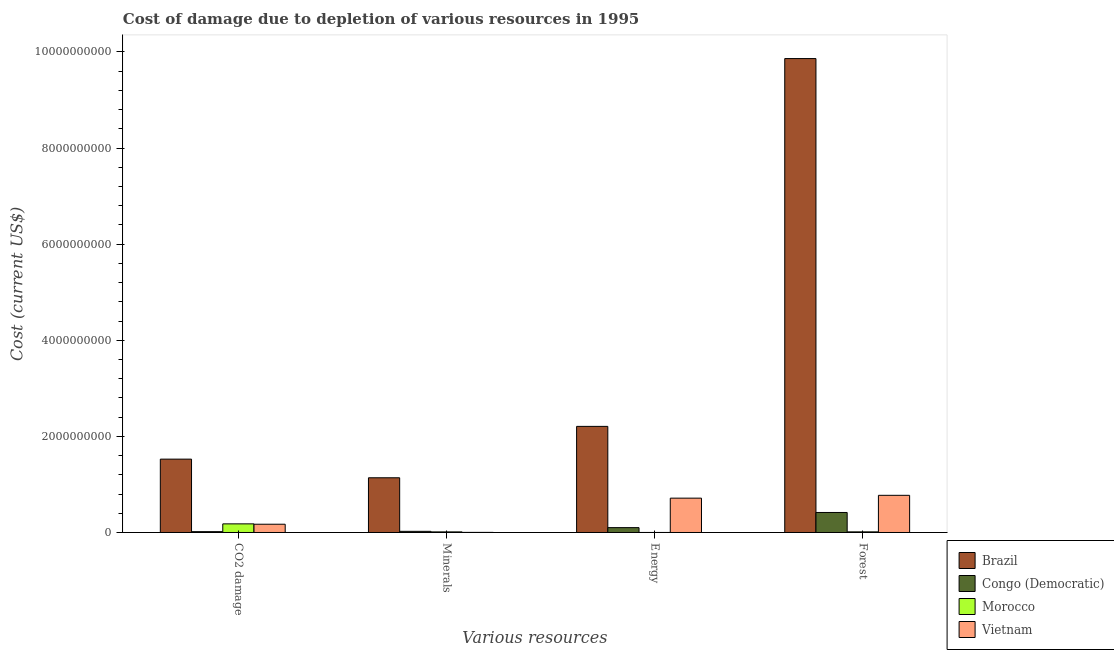
| Various resources | Brazil | Congo (Democratic) | Morocco | Vietnam |
 | --- | --- | --- | --- | --- |
 | CO2 damage | 1.53e+09 | 1.75e+07 | 1.79e+08 | 1.72e+08 |
 | Minerals | 1.14e+09 | 2.41e+07 | 1.26e+07 | 2.01e+06 |
 | Energy | 2.21e+09 | 1.01e+08 | 6.02e+05 | 7.15e+08 |
 | Forest | 9.86e+09 | 4.16e+08 | 1.34e+07 | 7.74e+08 |